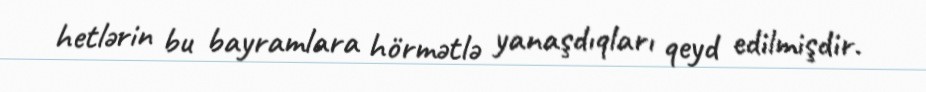
hetlərin bu bayramlara hörmətlə yanaşdıqları qeyd edilmişdir.